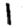
Digit: 1